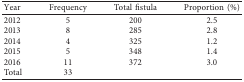
| Year | Frequency | Total fistula | Proportion (%) |
 | --- | --- | --- | --- |
 | 2012 | 5 | 200 | 2.5 |
 | 2013 | 8 | 285 | 2.8 |
 | 2014 | 4 | 325 | 1.2 |
 | 2015 | 5 | 348 | 1.4 |
 | 2016 | 11 | 372 | 3.0 |
 | Total | 33 |  |  |